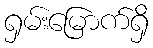
ရှမ်းမြောက်ရှိ